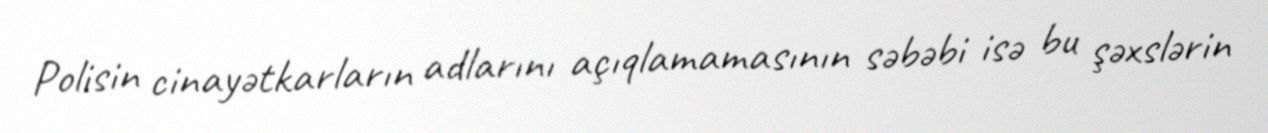
Polisin cinayətkarların adlarını açıqlamamasının səbəbi isə bu şəxslərin